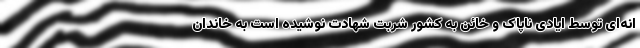
انه‌ای توسط ایادی ناپاک و خائن به کشور شربت شهادت نوشیده است به خاندان